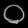
Digit: ၀